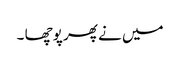
میں نے پھر پوچھا ۔